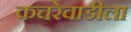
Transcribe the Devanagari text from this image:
कचरेवाडीला